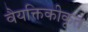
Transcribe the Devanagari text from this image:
वैयक्तिकीकृत